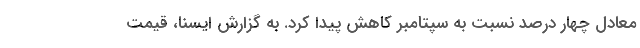
معادل چهار درصد نسبت به سپتامبر کاهش پیدا کرد. به گزارش ایسنا، قیمت